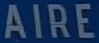
AIRE